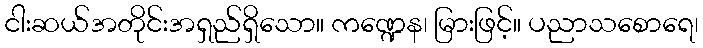
ငါးဆယ်အတိုင်းအရှည်ရှိသော။ ကဏ္ဍေန၊ မြားဖြင့်။ ပညာသစောရေ၊